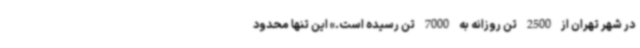
در شهر تهران از 2500 تن روزانه به 7000 تن رسیده است.» این تنها محدود